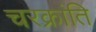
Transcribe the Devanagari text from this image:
चरक्रांति